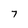
Character: 7